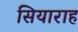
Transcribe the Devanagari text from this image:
सियाराह